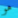
هو